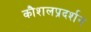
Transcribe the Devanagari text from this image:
कौशलप्रदर्शन